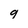
Character: 9